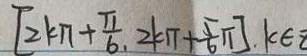
[ 2 k \pi + \frac { \pi } { 6 } , 2 k \pi + \frac { 5 } { 6 } \pi ] . k \in z